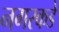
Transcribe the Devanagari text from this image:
नगरकडे